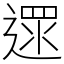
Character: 遝